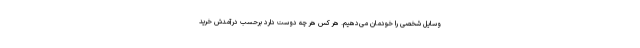
وسایل شخصی را خودمان می‌دهیم. هر کس هر چه دوست دارد برحسب درآمدش خرید